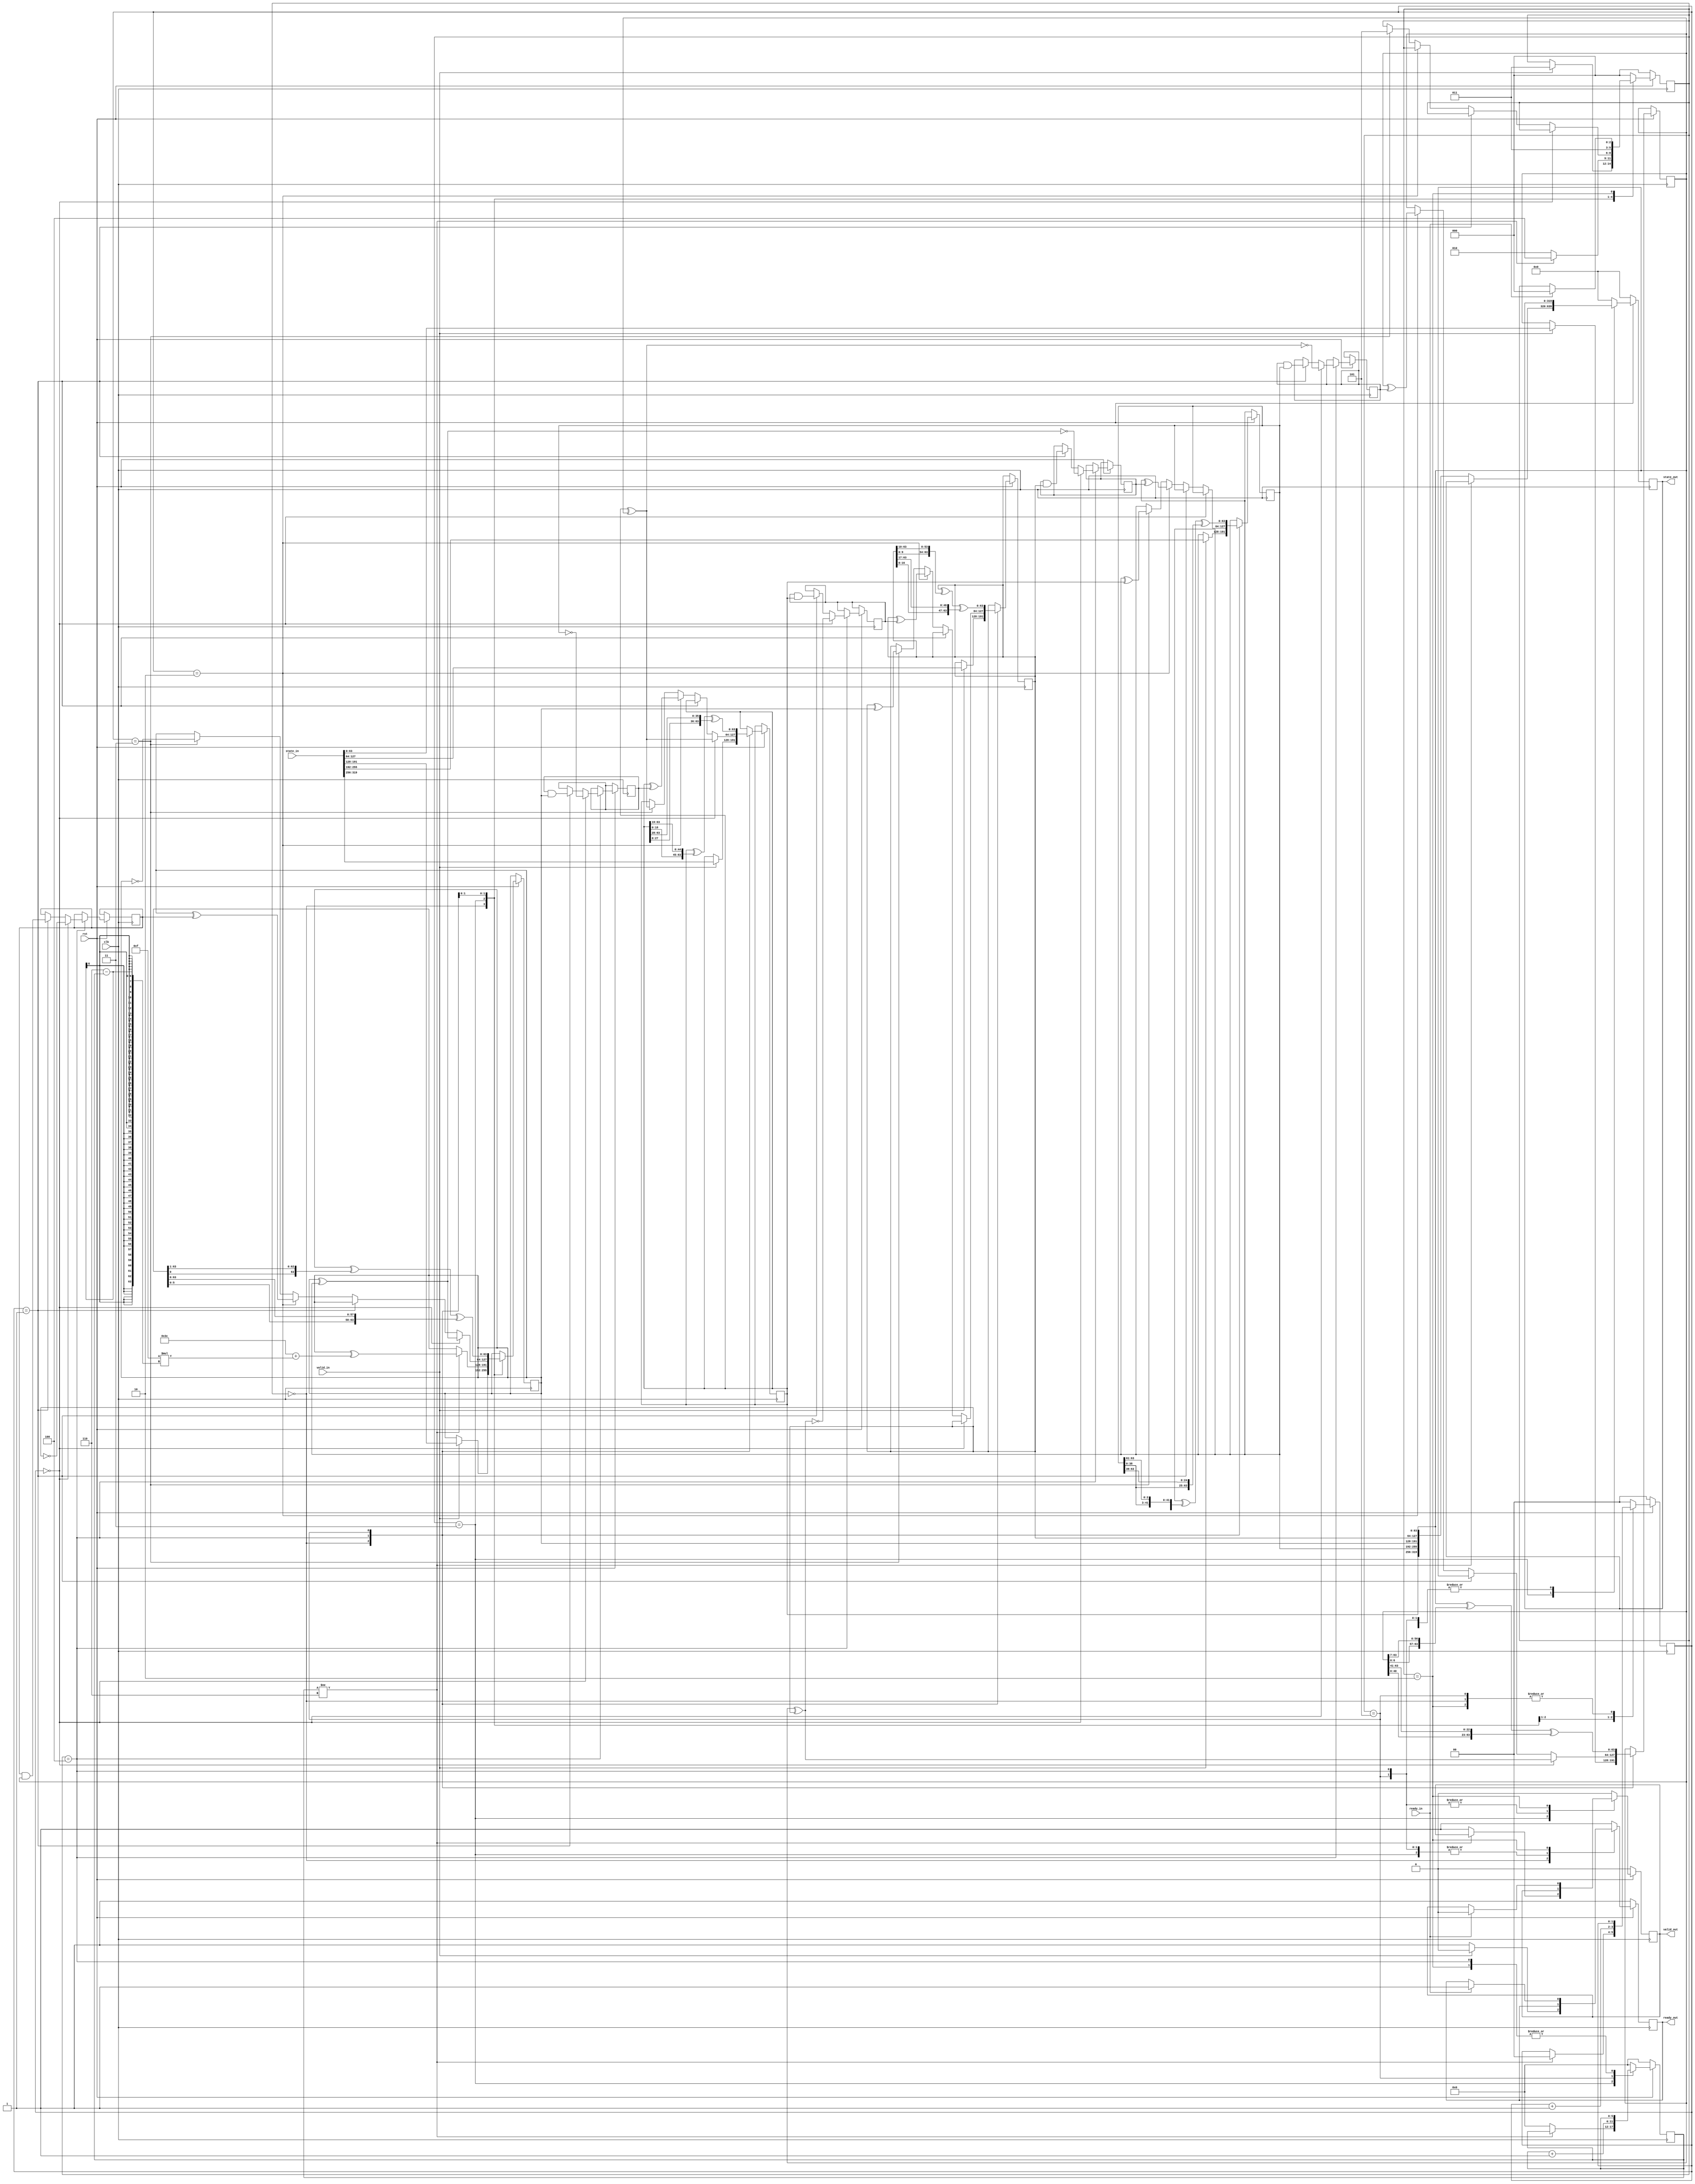
`timescale 1ns / 1ps

module ascon_permutation #(parameter ROUNDS = 6,
                           parameter RCON = 8'h3C)(
    input clk,
    input rst,
    
   // FIFO signals for receving data 
    input [319:0] state_in,
    output reg ready_out,
    input valid_in,

    // FIFO signals for passing data to ASCON module
    input ready_in,
    output reg valid_out,    
    output reg [319:0] state_out
    );

    // FSM-Sates for Permutation-Engine
    localparam
        WAIT = 0,
        ROUND = 1,
        DONE = 2,
        PC = 3,
        PS = 4,
        PL = 5;

    reg [2:0] internal_state;

    reg perm_done;
    reg [63:0] x_0;
    reg [63:0] x_1;
    reg [63:0] x_2;
    reg [63:0] x_3;
    reg [63:0] x_4;
    
    // Tmp register for sbox calculation
    reg [63:0] t_0;
    reg [63:0] t_1;
    reg [63:0] t_2;
    reg [63:0] t_3;
    reg [63:0] t_4;

    reg [5:0] counter;
    reg [1:0] pipelin_cnt;

    task reset();
    begin
        valid_out <= 1'b0;
            ready_out <= 1'b1;
            internal_state <= WAIT;
            state_out <= 320'b0;
            counter <= 0;
            pipelin_cnt <= 0;
    end
    endtask

    always @(posedge clk) begin
        if (!rst) begin
            reset;
        end else begin
            case (internal_state)
                WAIT : begin
                    valid_out <= 1'b0;
                    ready_out <= 1'b1;
                    counter <= 0;
                    if (valid_in) begin
                        ready_out <= 1'b0;
                        internal_state <= PC;

                        x_0 <= state_in[319:256];
                        x_1 <= state_in[255:192];
                        x_2 <= state_in[191:128];
                        x_3 <= state_in[127:064];
                        x_4 <= state_in[063:000];
                    end
                end
                PC : begin
                    if (counter != ROUNDS) begin
                        x_2 <= x_2 ^ (RCON + ('h0f*(ROUNDS-counter)));
                        pipelin_cnt <= 0;
                        internal_state <= PS;
                    end else begin
                        state_out <= {x_0, x_1, x_2, x_3, x_4};
                        internal_state <= DONE;
                        valid_out <= 'b1;
                        counter <= 0;
                    end
                end
                PS: begin
                    pipelin_cnt <= pipelin_cnt + 1;
                    if (pipelin_cnt == 0) begin
                            x_0 <= x_0 ^ x_4;
                            x_4 <= x_4 ^ x_3;
                            x_2 <= x_2 ^ x_1;
                            
                            t_0 <= ~(x_0 ^ x_4);
                            t_1 <= ~x_1;
                            t_2 <= ~(x_2 ^ x_1);
                            t_3 <= ~x_3;
                            t_4 <= ~(x_4 ^ x_3);
                    end else if (pipelin_cnt == 1) begin

                            t_0 <= t_0 & x_1;
                            t_1 <= t_1 & x_2;
                            t_2 <= t_2 & x_3;
                            t_3 <= t_3 & x_4;
                            t_4 <= t_4 & x_0;
                    end else if (pipelin_cnt == 2) begin
                            x_0 <= x_0 ^ t_1;
                            x_1 <= x_1 ^ t_2;
                            x_2 <= x_2 ^ t_3;
                            x_3 <= x_3 ^ t_4;
                            x_4 <= x_4 ^ t_0;
                    end else if (pipelin_cnt == 3) begin
                            x_1 <= x_1 ^ x_0;
                            x_0 <= x_0 ^ x_4;
                            x_3 <= x_3 ^ x_2;
                            x_2 <= ~x_2;
                            internal_state <= PL;
                    end
                end
                PL: begin
                    x_0 <= x_0 ^ {x_0[18:0], x_0[63:19]} ^ {x_0[27:0], x_0[63:28]};
                    x_1 <= x_1 ^ {x_1[60:0], x_1[63:61]} ^ {x_1[38:0], x_1[63:39]};
                    x_2 <= x_2 ^ {x_2[0:0], x_2[63:1]} ^ {x_2[5:0], x_2[63:6]};
                    x_3 <= x_3 ^ {x_3[9:0], x_3[63:10]} ^ {x_3[16:0], x_3[63:17]};
                    x_4 <= x_4 ^ {x_4[6:0], x_4[63:7]} ^ {x_4[40:0], x_4[63:41]};

                    counter <= counter + 1;
                    internal_state <= PC;
                end 
                DONE : begin
                    // Assert ready signal from sink
                    if (ready_in == 1) begin
                        internal_state <= WAIT;
                        ready_out <= 1'b1;
                        valid_out <= 'b0;
                    end
                end
                default : begin
                    reset;
                end
            endcase
        end 
    end
endmodule